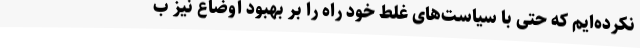
نکرده‌ایم که حتی با سیاست‌های غلط خود راه را بر بهبود اوضاع نیز ب